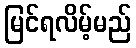
မြင်ရလိမ့်မည်